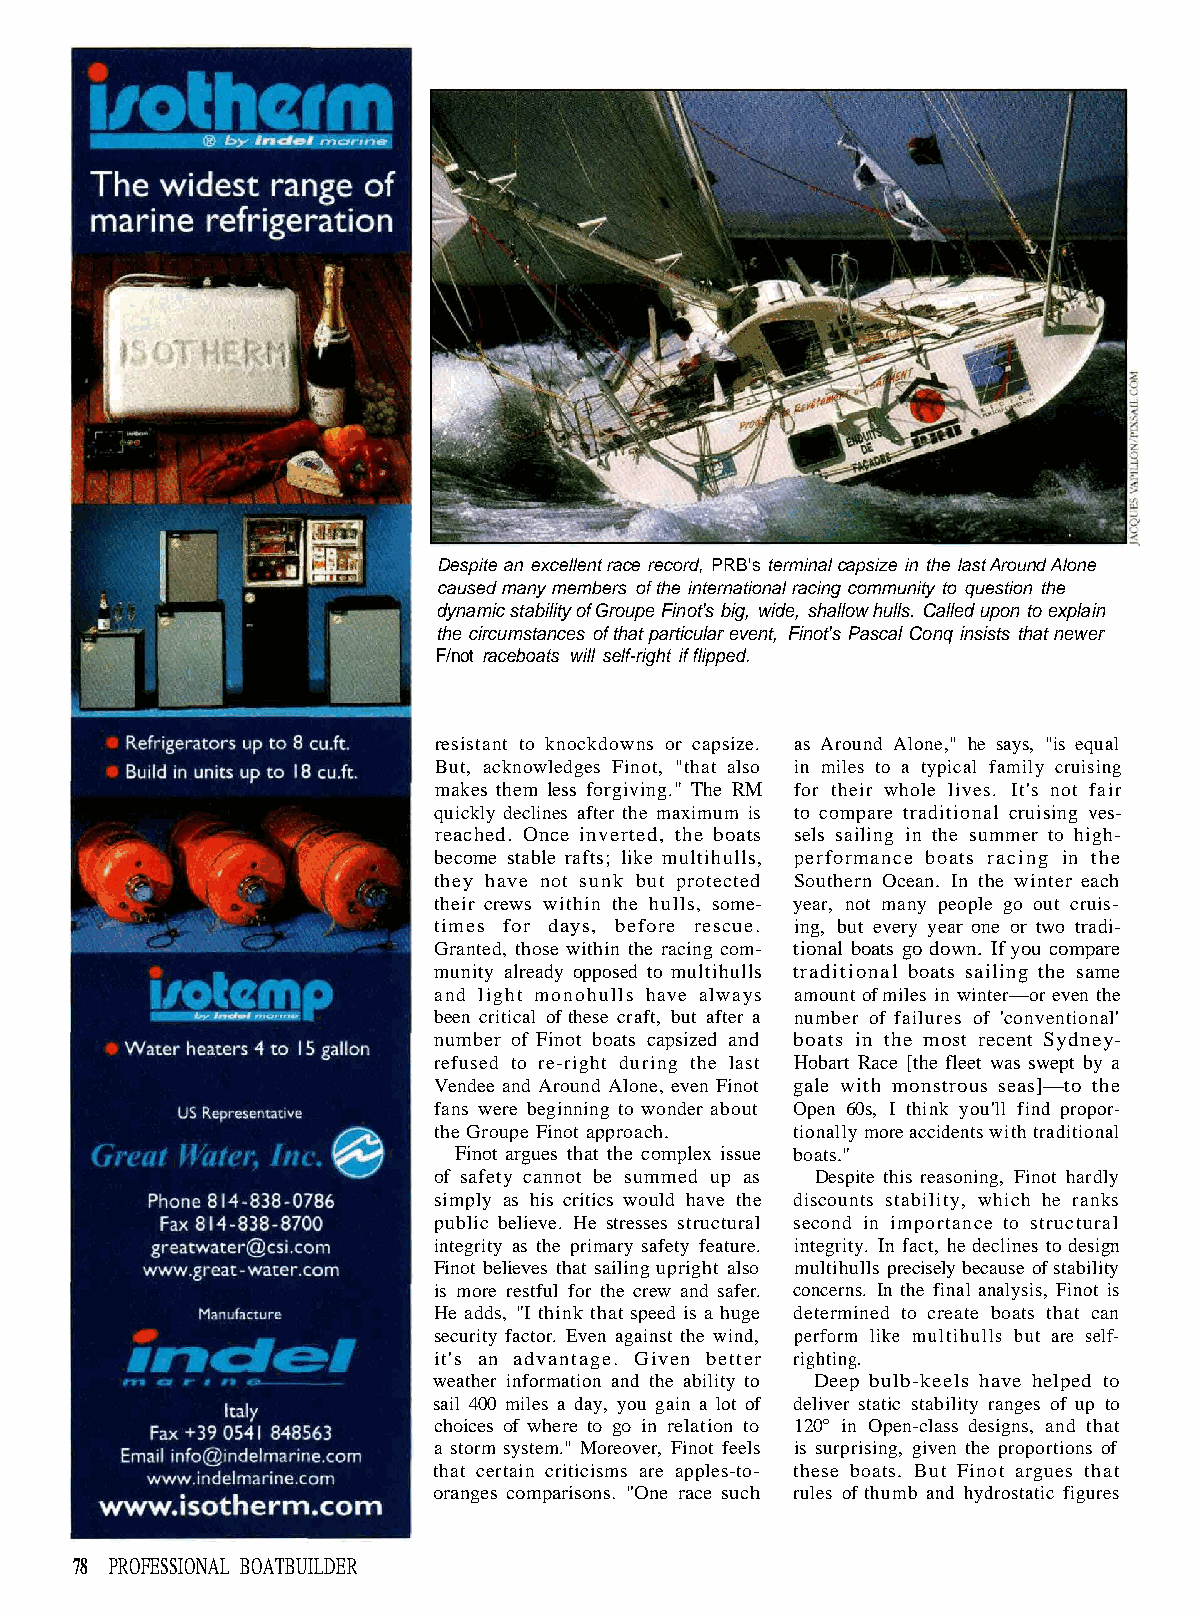
Despite an excellent race record, PRB's terminal capsize in the last Around Alone
 caused many members of the international racing community to question the
 dynamic stability of Groupe Finot's big, wide, shallow hulls. Called upon to explain
 the circumstances of that particular event, Finot's Pascal Conq insists that newer
 F/not raceboats will self-right if flipped.
 resistant to knockdowns or capsize. as Around Alone," he says, "is equal
 But, acknowledges Finot, "that also in miles to a typical family cruising
 makes them less forgiving." The RM for their whole lives. It's not fair
 quickly declines after the maximum is to compare traditional cruising ves-
 reached. Once inverted, the boats sels sailing in the summer to high-
 become stable rafts; like multihulls, performance boats racing in the
 they have not sunk but protected Southern Ocean. In the winter each
 their crews within the hulls, some- year, not many people go out cruis-
 times for days, before rescue. ing, but every year one or two tradi-
 Granted, those within the racing com- tional boats go down. If you compare
 munity already opposed to multihulls traditional boats sailing the same
 and light monohulls have always amount of miles in winter—or even the
 been critical of these craft, but after a number of failures of 'conventional'
 number of Finot boats capsized and boats in the most recent Sydney-
 refused to re-right during the last Hobart Race [the fleet was swept by a
 Vendee and Around Alone, even Finot gale with monstrous seas]—to the
 fans were beginning to wonder about Open 60s, I think you'll find propor-
 the Groupe Finot approach. tionally more accidents with traditional
 Finot argues that the complex issue boats."
 of safety cannot be summed up as Despite this reasoning, Finot hardly
 simply as his critics would have the discounts stability, which he ranks
 public believe. He stresses structural second in importance to structural
 integrity as the primary safety feature. integrity. In fact, he declines to design
 Finot believes that sailing upright also multihulls precisely because of stability
 is more restful for the crew and safer. concerns. In the final analysis, Finot is
 He adds, "I think that speed is a huge determined to create boats that can
 security factor. Even against the wind, perform like multihulls but are self-
 it's an advantage. Given better righting.
 weather information and the ability to Deep bulb-keels have helped to
 sail 400 miles a day, you gain a lot of deliver static stability ranges of up to
 choices of where to go in relation to 120° in Open-class designs, and that
 a storm system." Moreover, Finot feels is surprising, given the proportions of
 that certain criticisms are apples-to- these boats. But Finot argues that
 oranges comparisons. "One race such rules of thumb and hydrostatic figures
 78 PROFESSIONAL BOATBUILDER